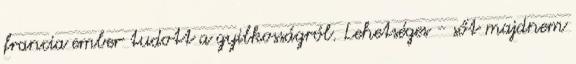
francia ember tudott a gyilkosságról. Lehetséges - sőt majdnem